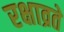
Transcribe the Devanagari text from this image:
रक्षाव्रते